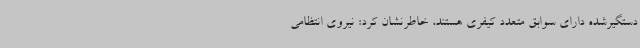
دستگیرشده دارای سوابق متعدد کیفری هستند، خاطرنشان کرد: نیروی انتظامی